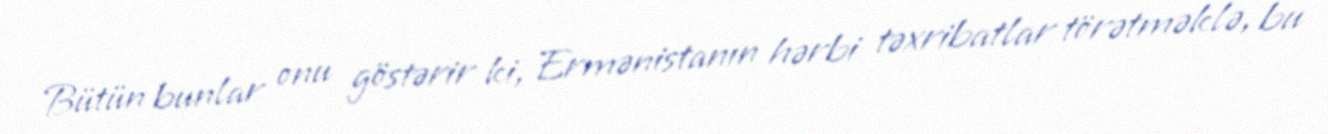
Bütün bunlar onu göstərir ki, Ermənistanın hərbi təxribatlar törətməklə, bu